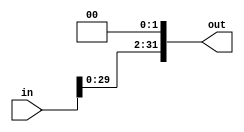
module ee357_left_shift_2 (
	input [31:0] in,
	output [31:0] out
);
	
	wire [31:0] in;
	wire [31:0] out;

	assign out = {in[29:0], 2'b0};
	
endmodule